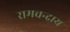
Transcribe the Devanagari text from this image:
रामचन्द्राय